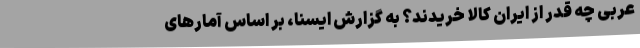
عربی چه قدر از ایران کالا خریدند؟ به گزارش ایسنا، بر اساس آمارهای